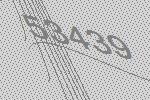
53439